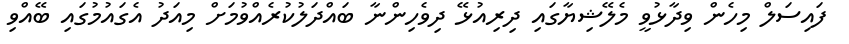
ފައިސަލް މިހެން ވިދާޅުވީ މެލޭޝިޔާގައި ދިރިއުޅޭ ދިވެހިންނާ ބައްދަލުކުރެއްވުމަށް މިއަދު އެގައުމުގައި ބޭއްވި